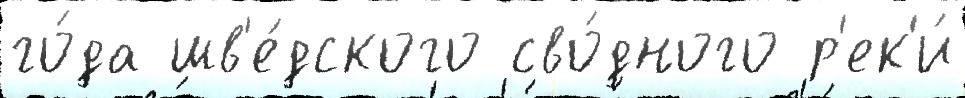
го́да шв'е́дского сво́дного р'ек'и́